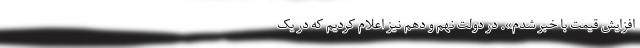
افزایش قیمت با خبر شدم». در دولت نهم و دهم نیز اعلام کردیم که در یک